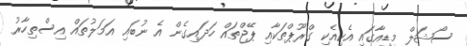
ސޯޝަލް މީޑިއާގައި އެކިއެކި ގްރޫޕްތަކާއި ޕޭޖްތައް ހަދައިގެން އެ ނުބައި އަމަލުތައް އިސްތިހާރު